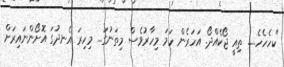
"ކހެހެހެ..... ތިއީ ޖޯކެއްދޯ. އަހަރެން ހަމަ މިހާރުވެސް މިތަނުގަ... މިހިރަ އެނދުގަ އޮށޯންނައިރަށް